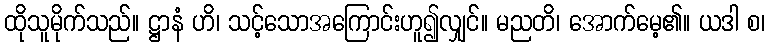
ထိုသူမိုက်သည်။ ဋ္ဌာနံ ဟိ၊ သင့်သောအကြောင်းဟူ၍လျှင်။ မညတိ၊ အောက်မေ့၏။ ယဒါ စ၊